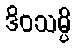
ဒိဝသမ္ပိ